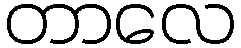
တာလေ